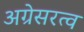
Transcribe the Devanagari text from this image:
अग्रेसरत्व